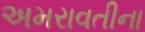
અમરાવતીના